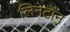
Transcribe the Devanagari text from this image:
लिनटॉन